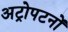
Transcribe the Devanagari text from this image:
अट्रोपटनों